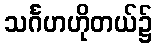
သင်္ဂဟဟိုတယ်၌